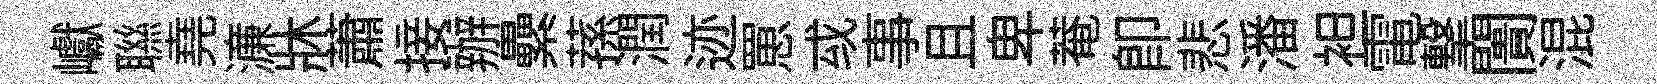
巘聮堯濓牀蕭接辦纍蓀潤迹罳㦯事且卑菴即悲潘袒電撃闠混